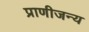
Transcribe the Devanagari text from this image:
प्राणीजन्य